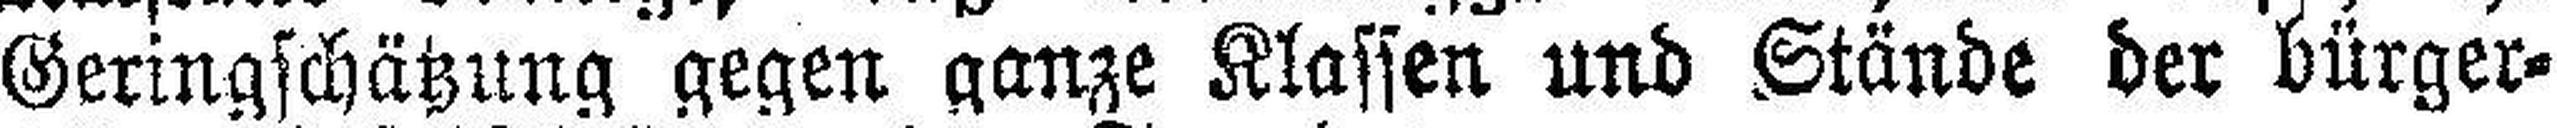
Geringschätzung gegen ganze Klassen und Stände der bürger¬